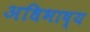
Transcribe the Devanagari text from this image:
अधिभाष्य